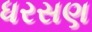
ધરસણ